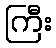
ကြီး